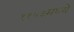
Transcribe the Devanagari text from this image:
११५३मध्ये